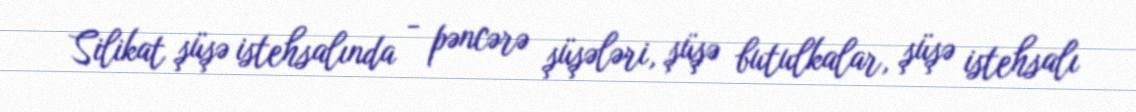
Silikat şüşə istehsalında - pəncərə şüşələri, şüşə butulkalar, şüşə istehsalı